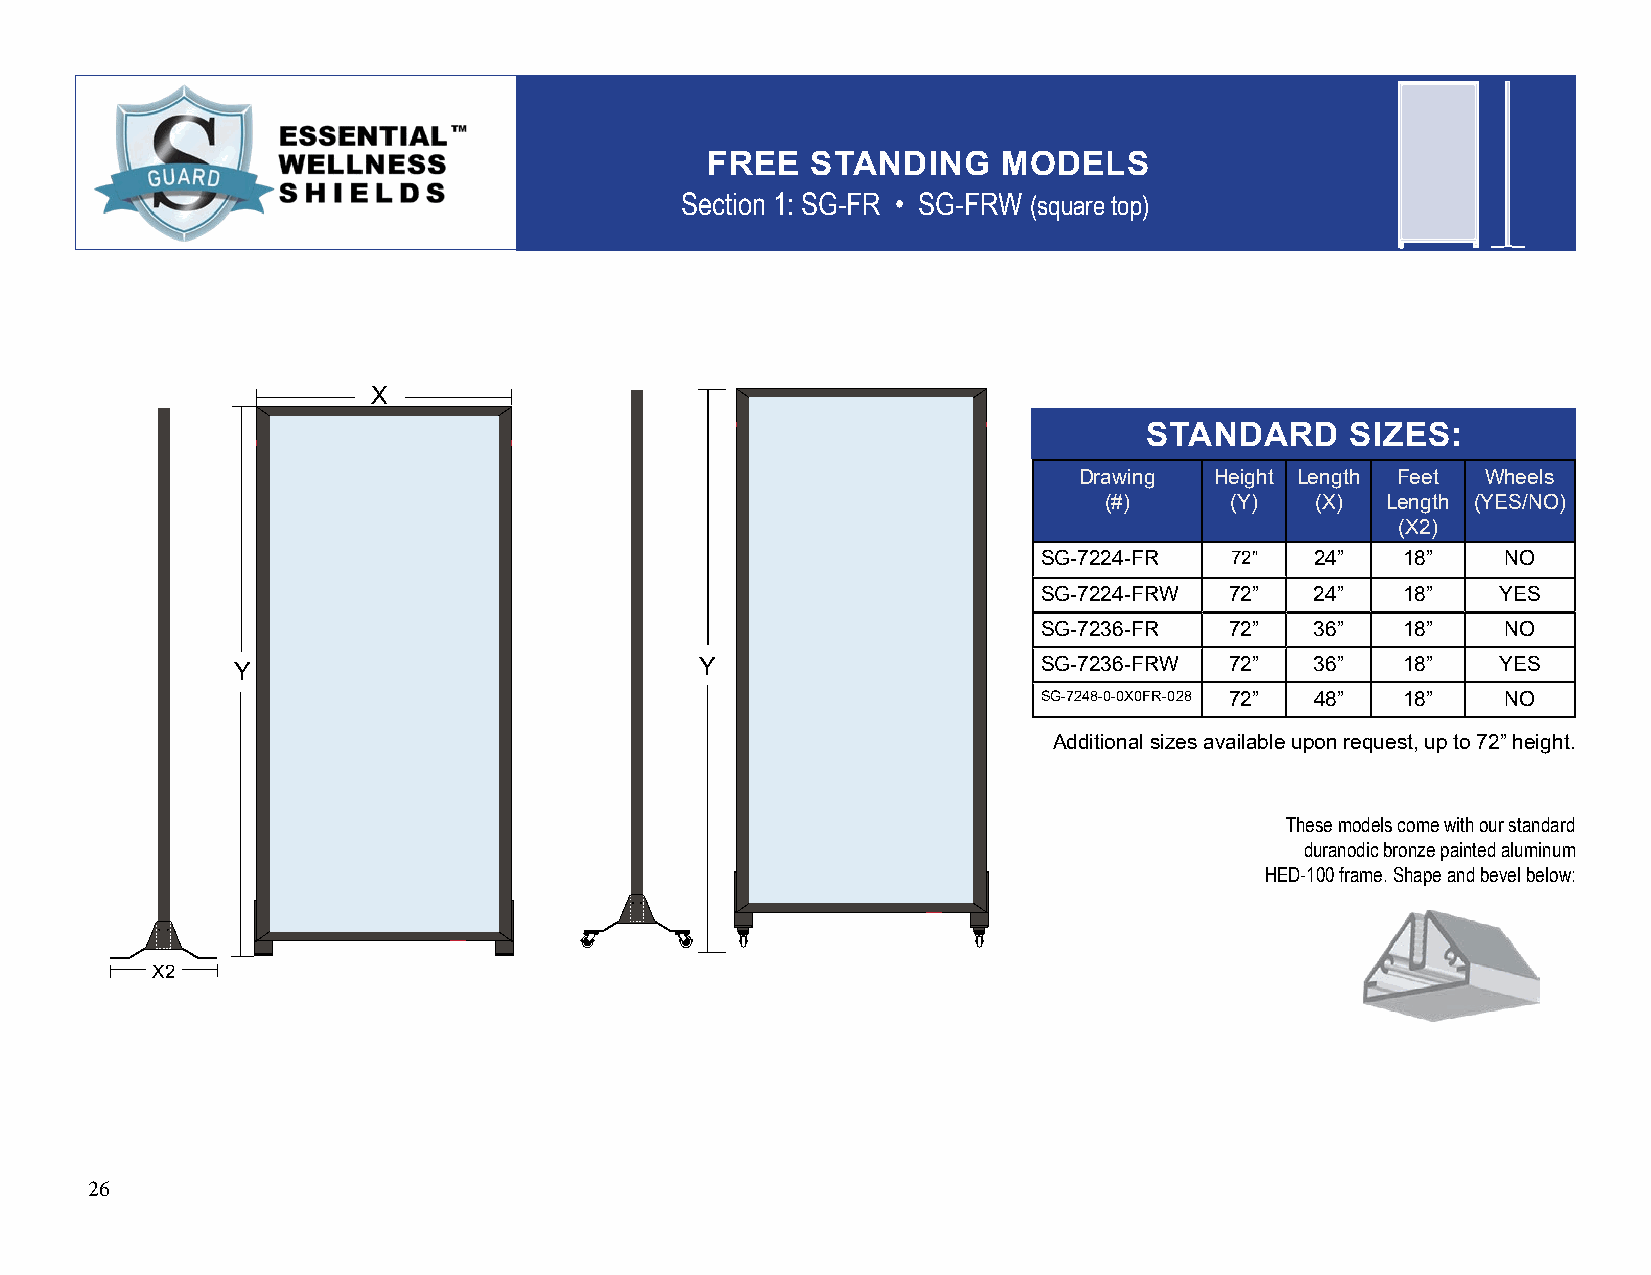
FREE   STANDING    MODELS
 Section 1: SG-FR • SG-FRW (square top)
 X
 STANDARD     SIZES:
 Drawing  Height Length Feet Wheels
 (#)     (Y)   (X)  Length (YES/NO)
 (X2)
 SG-7224-FR  72”   24”   18”    NO
 SG-7224-FRW 72”   24”   18”   YES
 SG-7236-FR  72”   36”   18”    NO
 Y                              Y                      SG-7236-FRW 72”   36”   18”   YES
 SG-7248-0-0X0FR-028 72” 48” 18” NO
 Additional sizes available upon request, up to 72” height.
 These models come with our standard
 duranodic bronze painted aluminum
 HED-100 frame. Shape and bevel below:
 X2
 26